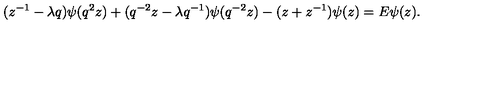
( z ^ { - 1 } - \lambda q ) \psi ( q ^ { 2 } z ) + ( q ^ { - 2 } z - \lambda q ^ { - 1 } ) \psi ( q ^ { - 2 } z ) - ( z + z ^ { - 1 } ) \psi ( z ) = E \psi ( z ) .